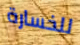
للخسارة